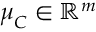
\boldsymbol { \mu } _ { C } \in \mathbb { R } ^ { m }